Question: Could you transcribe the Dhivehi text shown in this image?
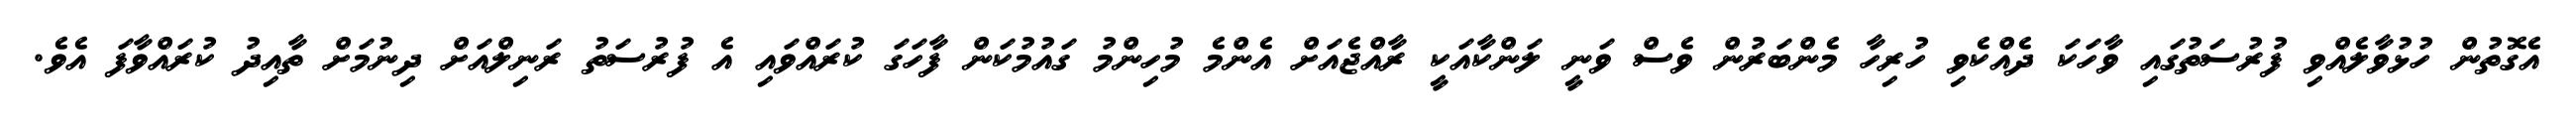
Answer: އެގޮތުން ހުޅުވާލެއްވި ފުރުސަތުގައި ވާހަކަ ދެއްކެވި ހުރިހާ މެންބަރުން ވެސް ވަނީ ލަންކާއަކީ ރާއްޖެއަށް އެންމެ މުހިންމު ގައުމުކަން ފާހަގަ ކުރައްވައި އެ ފުރުސަތު ރަނިލްއަށް ދިނުމަށް ތާއިދު ކުރައްވާފަ އެވެ.